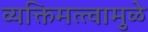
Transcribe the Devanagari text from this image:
व्यक्तिमत्त्वामुळे